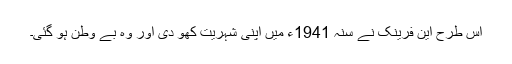
اس طرح این فرینک نے سنہ 1941ء میں اپنی شہریت کھو دی اور وہ بے وطن ہو گئی۔